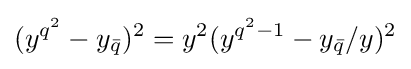
(y^{q^{2}}-y_{\bar {q}})^{2}=y^{2}(y^{q^{2}-1}-y_{\bar {q}}/y)^{2}